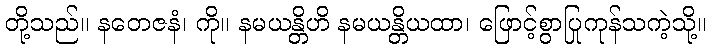
တို့သည်။ နတေဇနံ၊ ကို။ နမယန္တိဟိ နမယန္တိယထာ၊ ဖြောင့်စွာပြုကုန်သကဲ့သို့။